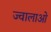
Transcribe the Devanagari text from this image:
ज्वालाओ